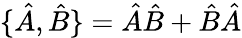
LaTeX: \{ \hat{A},\hat{B}\} =\hat{A}\hat{B}+\hat{B}\hat{A}